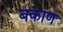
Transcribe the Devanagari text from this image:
बकाण